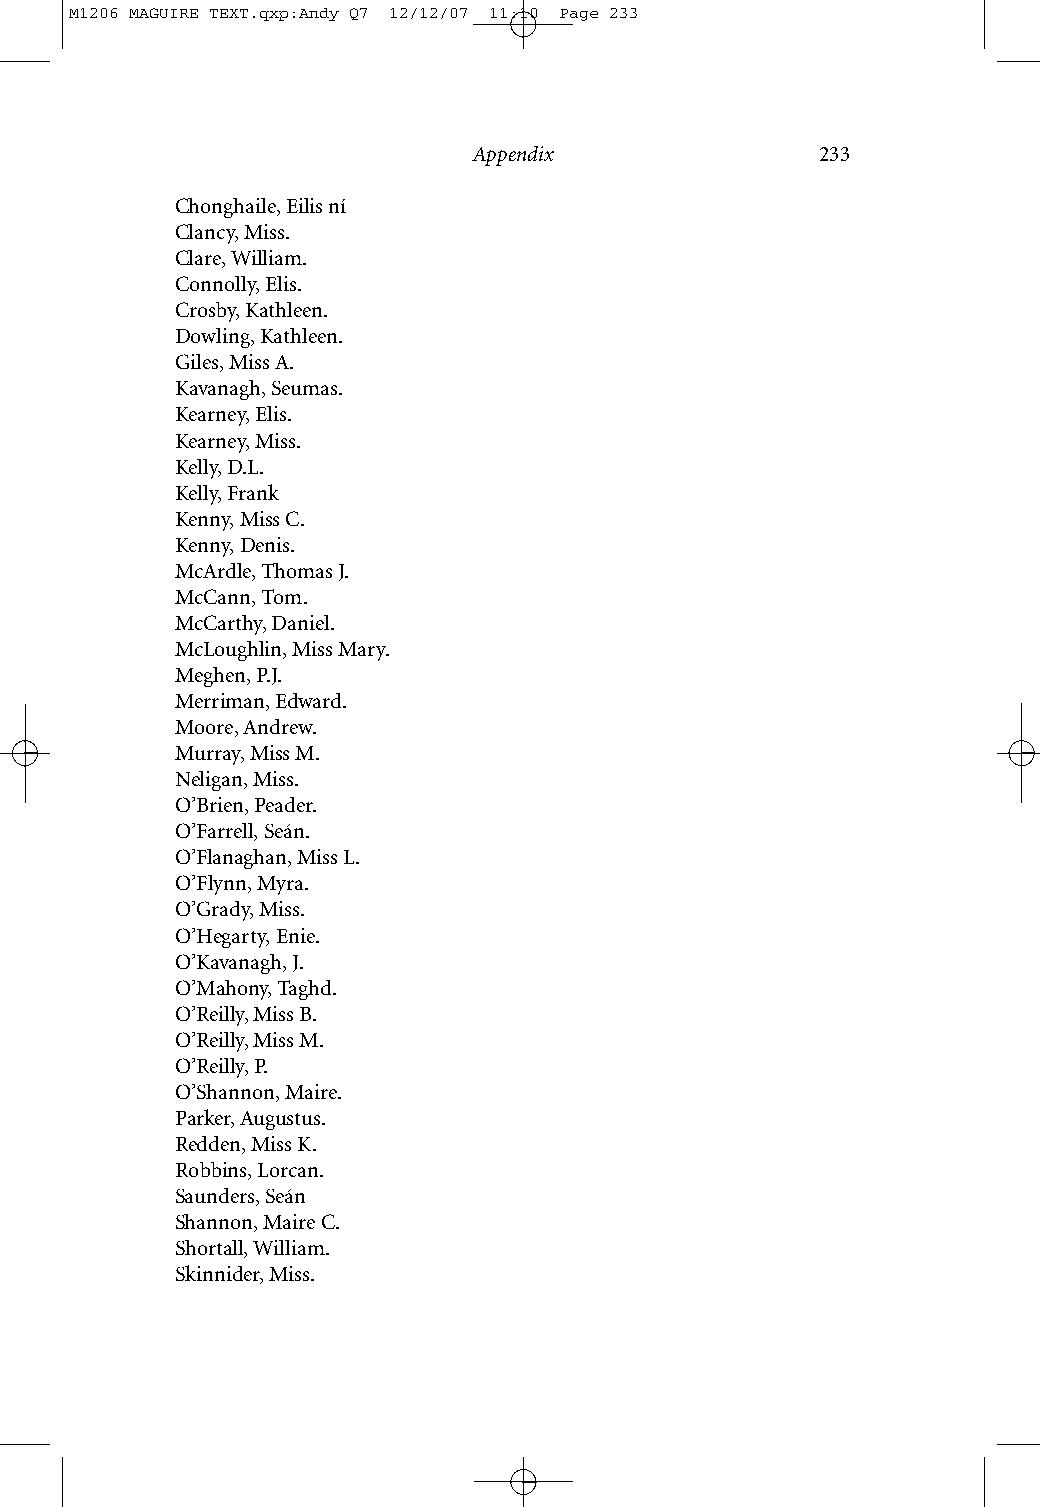
M1206 MAGUIRE TEXT.qxp:Andy Q7 12/12/07 11:10 Page 233
 Appendix               233
 Chonghaile, Eilis ní
 Clancy, Miss.
 Clare, William.
 Connolly, Elis.
 Crosby, Kathleen.
 Dowling, Kathleen.
 Giles, Miss A.
 Kavanagh, Seumas.
 Kearney, Elis.
 Kearney, Miss.
 Kelly, D.L.
 Kelly, Frank
 Kenny, Miss C.
 Kenny, Denis.
 McArdle, Thomas J.
 McCann, Tom.
 McCarthy, Daniel.
 McLoughlin, Miss Mary.
 Meghen, P.J.
 Merriman, Edward.
 Moore, Andrew.
 Murray, Miss M.
 Neligan, Miss.
 O’Brien, Peader.
 O’Farrell, Seán.
 O’Flanaghan, Miss L.
 O’Flynn, Myra.
 O’Grady, Miss.
 O’Hegarty, Enie.
 O’Kavanagh, J.
 O’Mahony, Taghd.
 O’Reilly, Miss B.
 O’Reilly, Miss M.
 O’Reilly, P.
 O’Shannon, Maire.
 Parker, Augustus.
 Redden, Miss K.
 Robbins, Lorcan.
 Saunders, Seán
 Shannon, Maire C.
 Shortall, William.
 Skinnider, Miss.